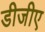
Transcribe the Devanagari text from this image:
डीजीए